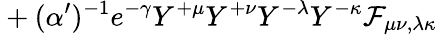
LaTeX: {}+(\alpha^{\prime})^{-1}e^{-\gamma}Y^{+\mu}Y^{+\nu}Y^{-\lambda}Y^{-\kappa}\mathcal{F}_{\mu\nu,\lambda\kappa}